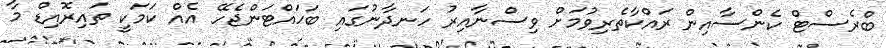
ބްރެސްޓް ކެންސާއިން ރައްކާތެރިވުމަށް ވިސްނާއިރު ހަނދާނުގައި ބަހައްޓަންޖެހޭ އެއް ކަމަކީ ތައިރޮއިޑް މާ